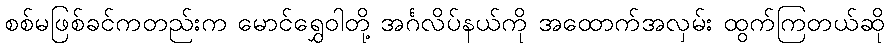
စစ်မဖြစ်ခင်ကတည်းက မောင်ရွှေဝါတို့ အင်္ဂလိပ်နယ်ကို အထောက်အလှမ်း ထွက်ကြတယ်ဆို